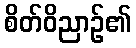
စိတ်ဝိညာဉ်၏